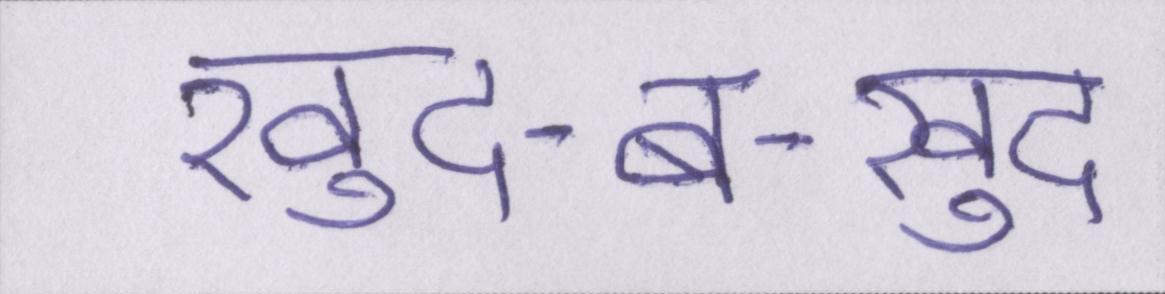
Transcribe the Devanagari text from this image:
खुद-ब-खुद